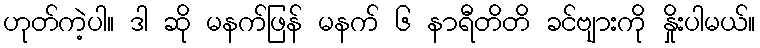
ဟုတ်ကဲ့ပါ။ ဒါ ဆို မနက်ဖြန် မနက် ၆ နာရီတိတိ ခင်ဗျားကို နှိုးပါမယ်။